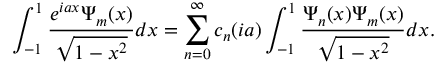
\int _ { - 1 } ^ { 1 } \frac { e ^ { i a x } \Psi _ { m } ( x ) } { \sqrt { 1 - x ^ { 2 } } } d x = \sum _ { n = 0 } ^ { \infty } c _ { n } ( i a ) \int _ { - 1 } ^ { 1 } \frac { \Psi _ { n } ( x ) \Psi _ { m } ( x ) } { \sqrt { 1 - x ^ { 2 } } } d x .